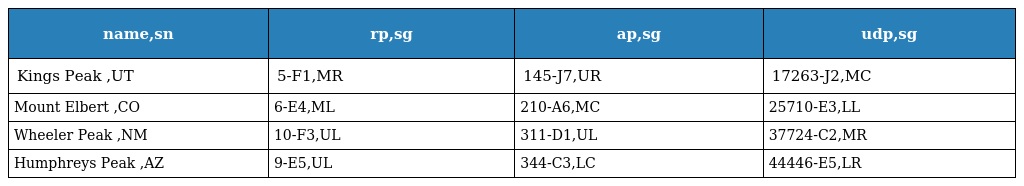
| name,sn | rp,sg | ap,sg | udp,sg |
 | --- | --- | --- | --- |
 | Kings Peak ,UT | 5-F1,MR | 145-J7,UR | 17263-J2,MC |
 | Mount Elbert ,CO | 6-E4,ML | 210-A6,MC | 25710-E3,LL |
 | Wheeler Peak ,NM | 10-F3,UL | 311-D1,UL | 37724-C2,MR |
 | Humphreys Peak ,AZ | 9-E5,UL | 344-C3,LC | 44446-E5,LR |